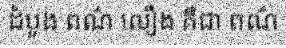
ដំបូង ពណ៌ លឿង គឺជា ពណ៌